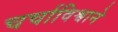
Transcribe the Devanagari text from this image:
चर्चाविश्वाने